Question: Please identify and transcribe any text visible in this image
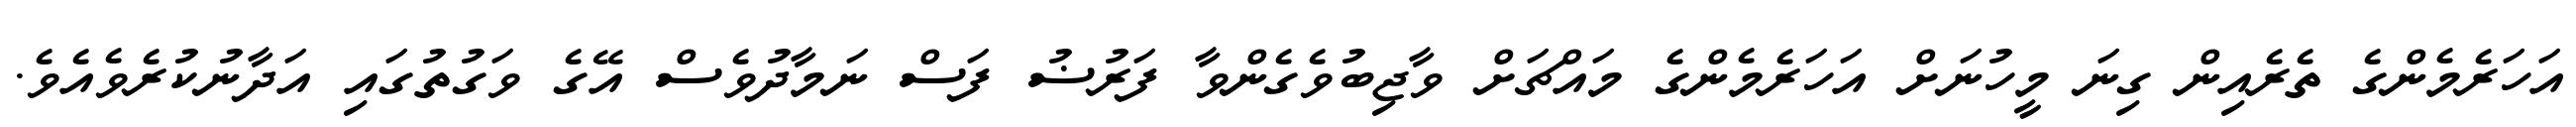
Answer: އަހަރެމެންގެ ތެރެއިން ގިނަ މީހުނަށް އަހަރެމެންގެ މައްޗަށް ވާޖިބުވެގެންވާ ފަރުޟު ފަސް ނަމާދުވެސް އޭގެ ވަގުތުގައި އަދާނުކުރެވެއެވެ.